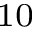
_ { 1 0 }